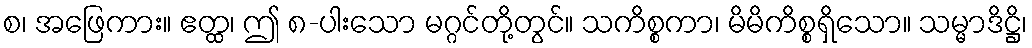
စ၊ အဖြေကား။ ဧတ္ထ၊ ဤ ၈-ပါးသော မဂ္ဂင်တို့တွင်။ သကိစ္စကာ၊ မိမိကိစ္စရှိသော။ သမ္မာဒိဋ္ဌိ၊